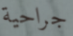
جراحية